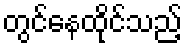
တွင်နေထိုင်သည့်